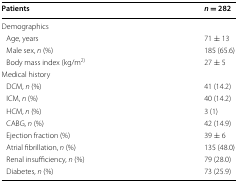
<table><thead><tr><td><b>Patients</b></td><td><b><i>n</i> = 282</b></td></tr></thead><tbody><tr><td colspan="2">Demographics</td></tr><tr><td> Age, years</td><td>71 ± 13</td></tr><tr><td> Male sex, <i>n</i> (%)</td><td>185 (65.6)</td></tr><tr><td> Body mass index (kg/m<sup>2)</sup></td><td>27 ± 5</td></tr><tr><td colspan="2">Medical history</td></tr><tr><td> DCM, <i>n</i> (%)</td><td>41 (14.2)</td></tr><tr><td> ICM, <i>n</i> (%)</td><td>40 (14.2)</td></tr><tr><td> HCM, <i>n</i> (%)</td><td>3 (1)</td></tr><tr><td> CABG, <i>n</i> (%)</td><td>42 (14.9)</td></tr><tr><td> Ejection fraction (%)</td><td>39 ± 6</td></tr><tr><td> Atrial fibrillation, <i>n</i> (%)</td><td>135 (48.0)</td></tr><tr><td> Renal insufficiency, <i>n</i> (%)</td><td>79 (28.0)</td></tr><tr><td> Diabetes, <i>n</i> (%)</td><td>73 (25.9)</td></tr></tbody></table>